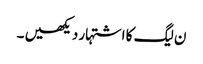
ن لیگ کا اشتہار دیکھیں ۔